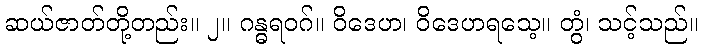
ဆယ်ဇာတ်တို့တည်း။ ၂။ ဂန္ဓရဝဂ်။ ဝိဒေဟ၊ ဝိဒေဟရသေ့။ တွံ၊ သင့်သည်။